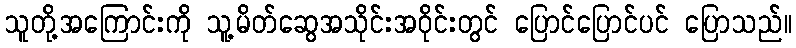
သူတို့အကြောင်းကို သူ့မိတ်ဆွေအသိုင်းအဝိုင်းတွင် ပြောင်ပြောင်ပင် ပြောသည်။